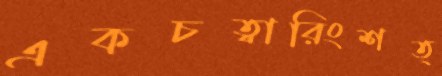
একচত্বারিংশত্